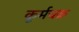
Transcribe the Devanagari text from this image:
कूर्मचक्र